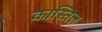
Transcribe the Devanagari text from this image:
कास्तिल